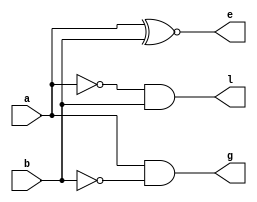
`timescale 1ns / 1ps
//////////////////////////////////////////////////////////////////////////////////
// Company: 
// Engineer: 
// 
// Design Name: 
// Module Name:    comparator 
// Project Name: 
// Target Devices: 
// Tool versions: 
// Description: 
//
// Dependencies: 
//
// Revision: 
// Revision 0.01 - File Created
// Additional Comments: 
//
//////////////////////////////////////////////////////////////////////////////////
module comparator(a,b,l,e,g );
    input a,b;
    output l,e,g;
    assign l=~a&b;
    assign e=a^~b;
    assign g=a&~b;
	 
endmodule